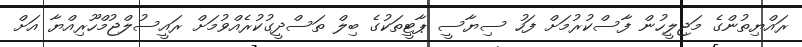
ރައްޔިތުންގެ މަޖިލީހުން ފާސްކުރުމަށް ފަހު ސިޔާސީ ޕާޓީތަކުގެ ބިލް ތަސްދީގުކުރެއްވުމަށް ރައީސުލްޖުމްހޫރިއްޔާ އަށް